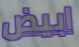
ابيض